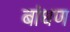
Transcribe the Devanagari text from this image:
बांधण